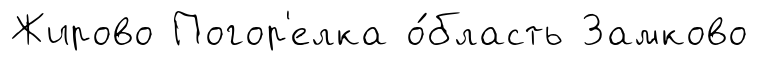
Жирово Погор'елка о́бласть Замково